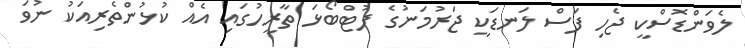
ލެވަންޑޮސްކީ ޖެހި ފަސް ލަނޑަކީ ޖަރުމަނުގެ ފުޓްބޯޅަ ތާރީހުގައި އެއް ކުޅުންތެރިއަކު ނުވަ